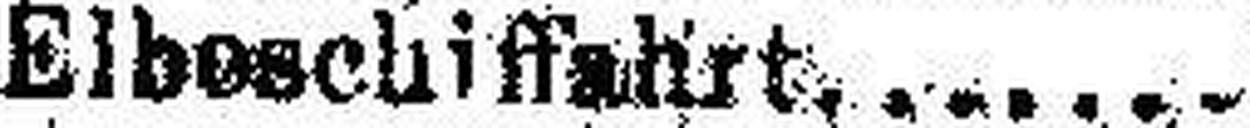
Elbeschiffahrt